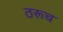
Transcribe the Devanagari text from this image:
ठरूच